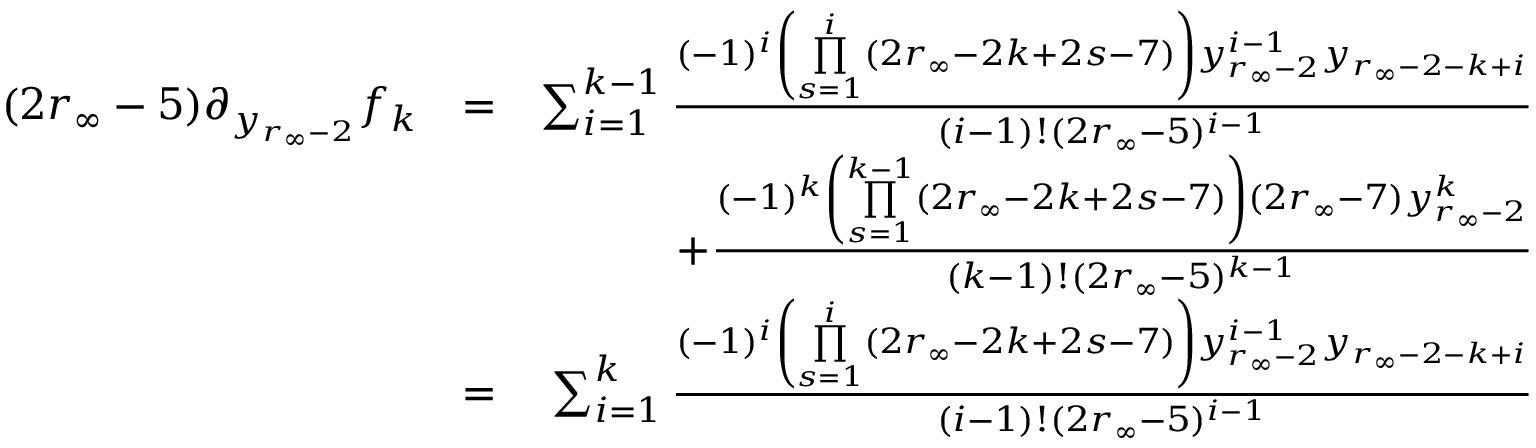
\begin{array} { r l r } { ( 2 r _ { \infty } - 5 ) \partial _ { y _ { r _ { \infty } - 2 } } f _ { k } } & { = } & { \sum _ { i = 1 } ^ { k - 1 } \frac { ( - 1 ) ^ { i } \left( \underset { s = 1 } { \overset { i } { \prod } } ( 2 r _ { \infty } - 2 k + 2 s - 7 ) \right) y _ { r _ { \infty } - 2 } ^ { i - 1 } y _ { r _ { \infty } - 2 - k + i } } { ( i - 1 ) ! ( 2 r _ { \infty } - 5 ) ^ { i - 1 } } } \\ & { } & { + \frac { ( - 1 ) ^ { k } \left( \underset { s = 1 } { \overset { k - 1 } { \prod } } ( 2 r _ { \infty } - 2 k + 2 s - 7 ) \right) ( 2 r _ { \infty } - 7 ) y _ { r _ { \infty } - 2 } ^ { k } } { ( k - 1 ) ! ( 2 r _ { \infty } - 5 ) ^ { k - 1 } } } \\ & { = } & { \sum _ { i = 1 } ^ { k } \frac { ( - 1 ) ^ { i } \left( \underset { s = 1 } { \overset { i } { \prod } } ( 2 r _ { \infty } - 2 k + 2 s - 7 ) \right) y _ { r _ { \infty } - 2 } ^ { i - 1 } y _ { r _ { \infty } - 2 - k + i } } { ( i - 1 ) ! ( 2 r _ { \infty } - 5 ) ^ { i - 1 } } } \end{array}